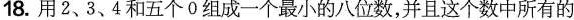
18.用2、3、4和五个0组成一个最小的八位数，并且这个数中所有的